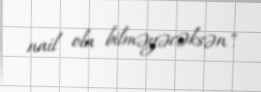
nail ola bilməyəcəksən".